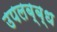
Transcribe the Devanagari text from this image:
उपलब्ब्ध